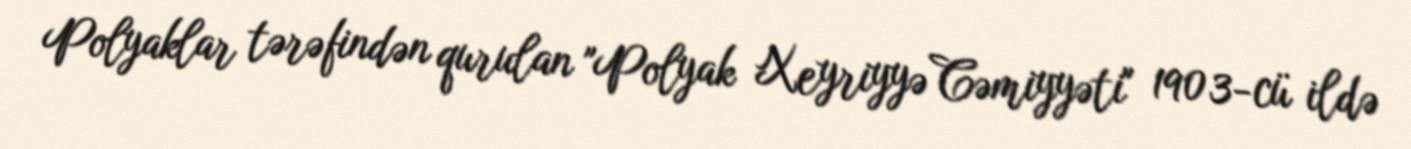
Polyaklar tərəfindən qurulan "Polyak Xeyriyyə Cəmiyyəti" 1903-cü ildə